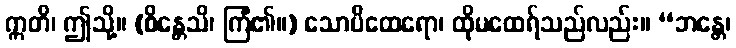
ဣတိ၊ ဤသို့။ (စိန္တေသိ၊ ကြံ၏။) သောပိထေရော၊ ထိုမထေရ်သည်လည်း။ “ဘန္တေ၊